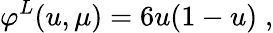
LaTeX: \varphi^{L}(u,\mu)=6u(1-u)\; ,